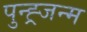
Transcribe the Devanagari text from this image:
पुन्ह्र्जन्म